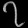
Digit: ၇